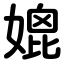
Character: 媲